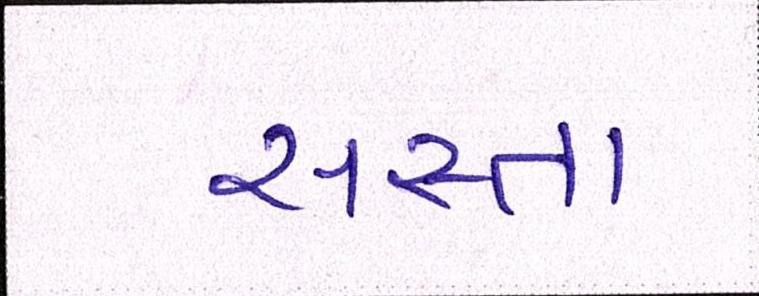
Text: સસ્તા